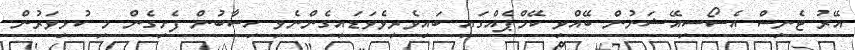
އޭރު ޓެނިސް އެސޯސިއޭޝަނުން ބޭއްވި ކޭމްޕެއްގައި ބައިވެރިވެވަޑައިގެންނެވި ހިސާބުން ފެށިގެން މި ކުޅިވަރުން